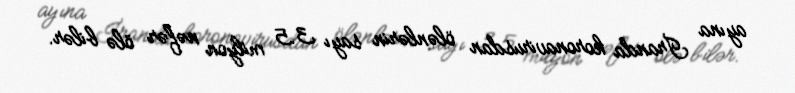
ayına İranda koronavirusdan ölənlərin sayı 3.5 milyon nəfər ölə bilər.